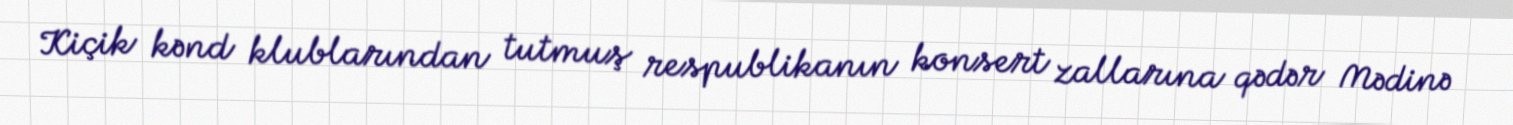
Kiçik kənd klublarından tutmuş respublikanın konsert zallarına qədər Mədinə